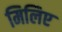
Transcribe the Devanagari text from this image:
मिलिए